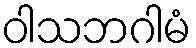
ဝါသဘဂါမံ